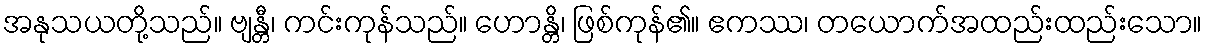
အနုသယတို့သည်။ ဗျန္တီ၊ ကင်းကုန်သည်။ ဟောန္တိ၊ ဖြစ်ကုန်၏။ ဧကဿ၊ တယောက်အထည်းထည်းသော။